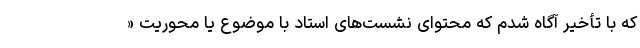
که با تأخیر آگاه شدم که محتوای نشست‌های استاد با موضوع یا محوریت «